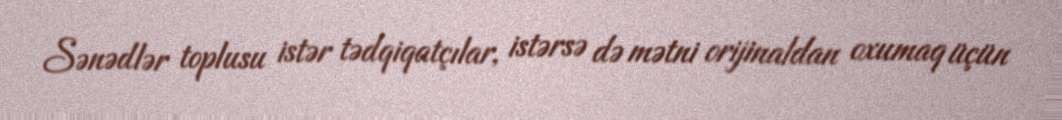
Sənədlər toplusu istər tədqiqatçılar, istərsə də mətni orijinaldan oxumaq üçün